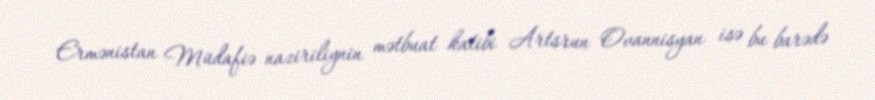
Ermənistan Müdafiə naziriliynin mətbuat katibi Artsrun Ovannisyan isə bu barədə